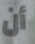
أن